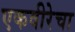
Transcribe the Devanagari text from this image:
एकवीरेचा